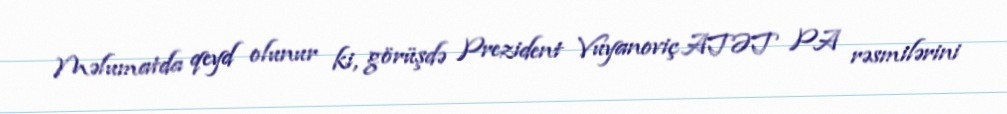
Məlumatda qeyd olunur ki, görüşdə Prezident Vuyanoviç ATƏT PA rəsmilərini